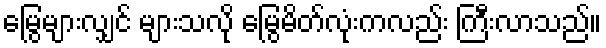
မြွေများလျှင် များသလို မြွေမိတ်လုံးကလည်း ကြီးလာသည်။